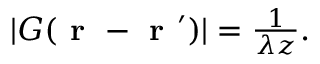
\begin{array} { r } { | G ( \textbf { r } - \textbf { r } ^ { \prime } ) | = \frac { 1 } { \lambda z } . } \end{array}